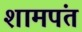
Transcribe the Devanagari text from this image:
शामपंत